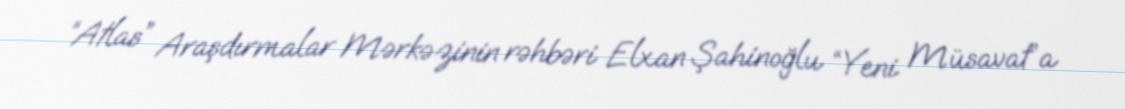
“Atlas” Araşdırmalar Mərkəzinin rəhbəri Elxan Şahinoğlu “Yeni Müsavat”a